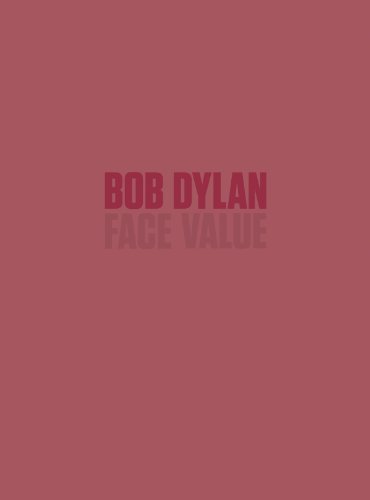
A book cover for Bob Dylan: Face Value; Arts & Photography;